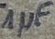
Text: 1µF